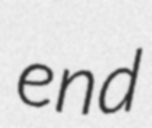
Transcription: end